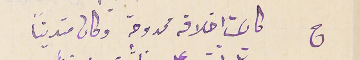
ج كانت اخلاقه ممدوحة وكان متدينًا